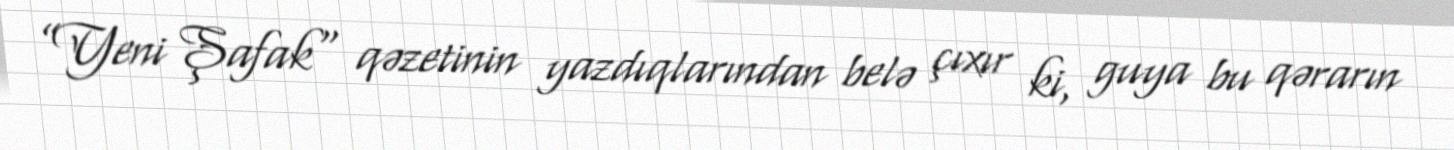
”Yeni Şafak" qəzetinin yazdıqlarından belə çıxır ki, guya bu qərarın